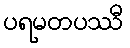
ပရမတပဿီ